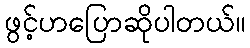
ဖွင့်ဟပြောဆိုပါတယ်။